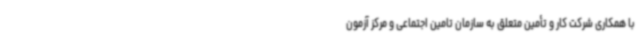
با همکاری شرکت کار و تأمین متعلق به سازمان تامین اجتماعی و مرکز آزمون